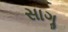
સાગૢ